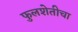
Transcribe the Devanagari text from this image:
फुलशेतीचा